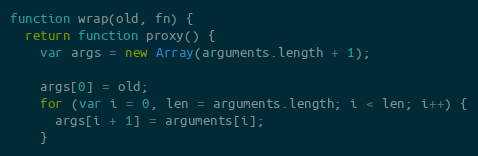
Language: JavaScript
function wrap(old, fn) {
  return function proxy() {
    var args = new Array(arguments.length + 1);

    args[0] = old;
    for (var i = 0, len = arguments.length; i < len; i++) {
      args[i + 1] = arguments[i];
    }